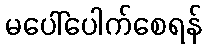
မပေါ်ပေါက်စေရန်